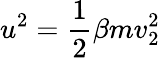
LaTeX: u^{2}=\frac{1}{2}\beta mv_{2}^{2}